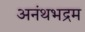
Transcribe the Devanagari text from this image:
अनंथभद्रम